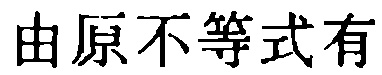
由原不等式有